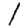
Digit: 1